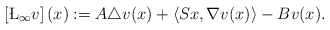
\begin{align*} \left[\L_{\infty}v\right](x):=A\triangle v(x)+\left\langle Sx,\nabla v(x)\right\rangle-Bv(x).\end{align*}